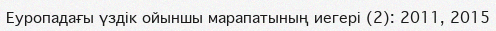
Еуропадағы үздік ойыншы марапатының иегері (2): 2011, 2015